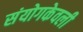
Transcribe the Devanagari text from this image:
संयोगकेवली